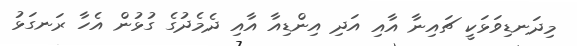
މިދަނޑިވަޅަކީ ޗައިނާ އާއި އަދި އިންޑިއާ އާއި ދެމެދުގެ ގުޅުން އެހާ ރަނގަޅު